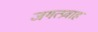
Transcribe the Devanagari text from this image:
जगत्प्रवाह